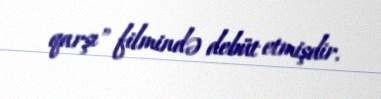
qarşı" filmində debüt etmişdir.